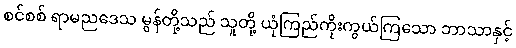
စင်စစ် ရာမညဒေသ မွန်တို့သည် သူတို့ ယုံကြည်ကိုးကွယ်ကြသော ဘာသာနှင့်